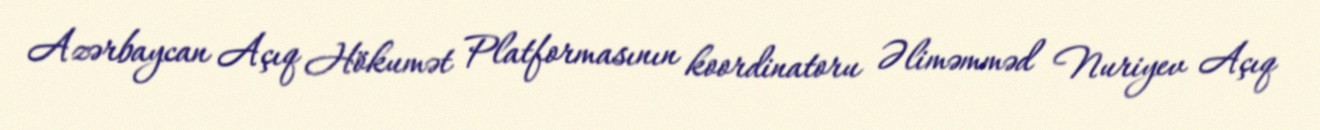
Azərbaycan Açıq Hökumət Platformasının koordinatoru Əliməmməd Nuriyev Açıq